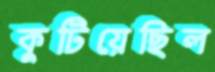
কুটিয়েছিল